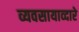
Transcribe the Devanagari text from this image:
व्यवसायाव्दारे